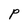
Character: P